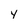
Character: y